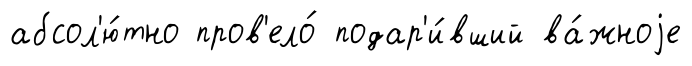
абсол'ю́тно пров'ело́ подар'и́вший ва́жноjе